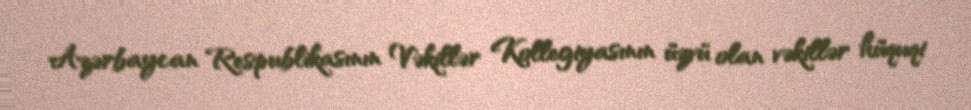
Azərbaycan Respublikasının Vəkillər Kollegiyasının üzvü olan vəkillər hüquqi